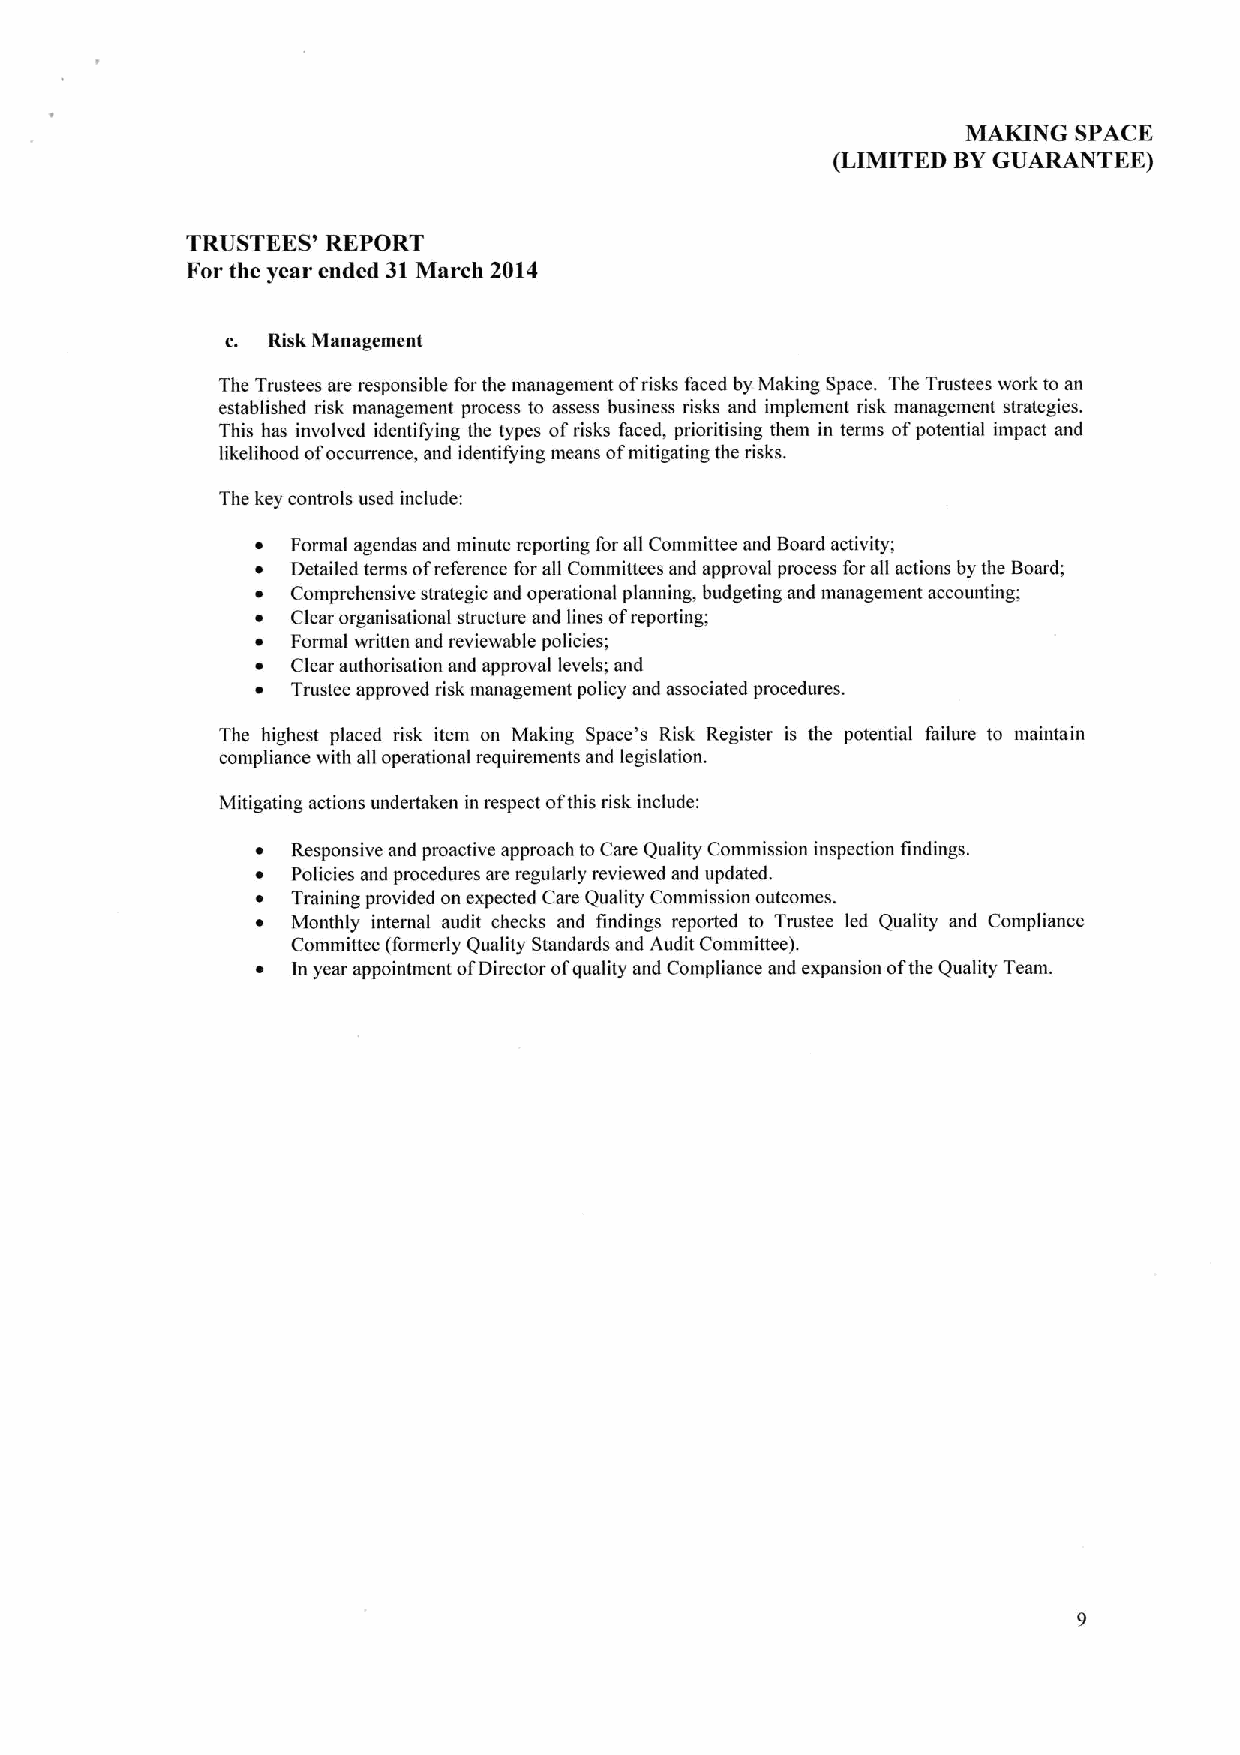
MAKING SPACE
 (LIMITED BYGUARANTEE)
 TRUSTEES' REPORT
 For the year ended 31March 2014
 c. Risk Management
 The Trustees are responsible forthe management ofrisks faced by Making Space. The Trustees work to an
 established risk management process to assess business risks and implement risk management strategies.
 This has involved identifying the types ofrisks faced, prioritising them in terms ofpotential impact and
 likelihood ofoccurrence, and identifying means ofmitigating the risks.
 The key controls used include:
 ~ Formal agendas and minute reporting for all Committee and Board activity;
 ~ Detailed terms ofreference for all Committees and approval process forall actions by the Board;
 ~ Comprehensive strategic and operational planning, budgeting and management accounting;
 ~ Clear organisational structure and lines ofreporting;
 ~ Formal written and reviewable policies;
 ~ Clear authorisation and approval levels; and
 ~ Trustee approved risk management policy and associated procedures.
 The highest placed risk item on Making Space's Risk Register is the potential failure to maintain
 compliance with all operational requirements and legislation.
 Mitigating actions undertaken in respect ofthis risk include:
 ~ Responsive and proactive approach to Care Quality Commission inspection findings.
 ~ Policies and procedures are regularly reviewed and updated.
 ~ Training provided on expected Care Quality Commission outcomes.
 ~ Monthly internal audit checks and findings reported to Trustee led Quality and Compliance
 Committee (formerly Quality Standards and Audit Committee).
 ~ In year appointment ofDirector ofquality and Compliance and expansion ofthe Quality Team.